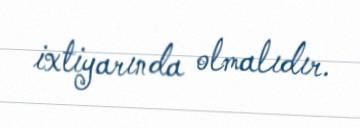
ixtiyarında olmalıdır.